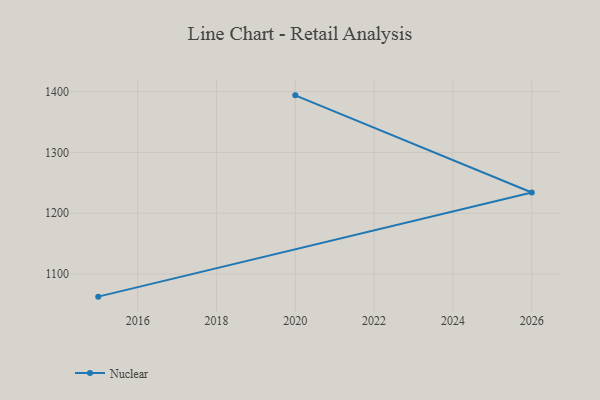
{"axis": {"x": "Year", "y": "Gross Profit (USD K)"}, "legend": ["Nuclear"], "data": [{"x": "2020", "y": 1393.7, "type": "Nuclear"}, {"x": "2026", "y": 1234.1, "type": "Nuclear"}, {"x": "2015", "y": 1062.9, "type": "Nuclear"}]}